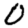
Digit: 0